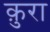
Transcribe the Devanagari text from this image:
क़ुरा